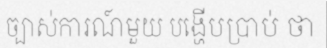
ច្បាស់ការណ៍មួយ បង្ហើបប្រាប់ ថា